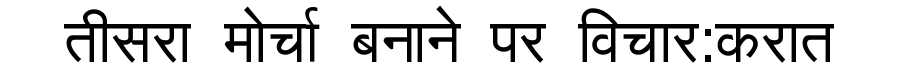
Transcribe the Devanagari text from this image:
तीसरा मोर्चा बनाने पर विचार:करात